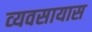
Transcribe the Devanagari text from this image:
व्‍यवसायास